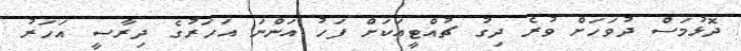
ދޮޅުމަސް ދުވަހަށް ވުރެ ދިގު ޗުއްޓީއަކަށް ފަހު އަންނަ އަހަރުގެ ދިރާސީ އަހަރު